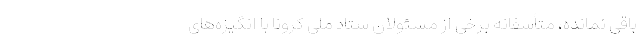
باقی نمانده، متأسفانه برخی از مسئولان ستاد ملی کرونا با انگیزه‌های